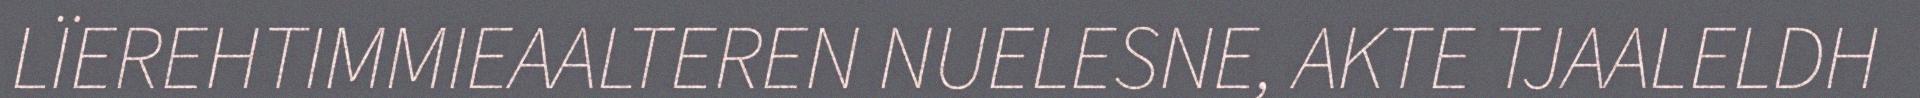
LÏEREHTIMMIEAALTEREN NUELESNE, AKTE TJAALELDH